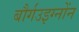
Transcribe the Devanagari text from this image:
बौर्गउइग्नोंन